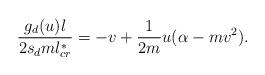
LaTeX: \begin{align*} \frac{g_d(u)l}{2s_d m l_{cr}^*}=-v+\frac{1}{2m}u(\alpha-m v^2). \end{align*}